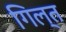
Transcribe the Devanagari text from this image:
गिल्त